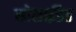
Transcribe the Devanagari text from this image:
सोसाईडैड